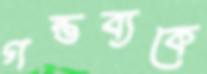
গন্তব্যকে